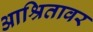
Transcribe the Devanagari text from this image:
आश्रितावर